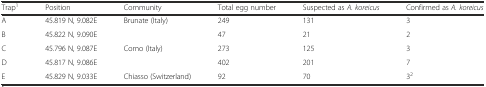
<table><thead><tr><td><b>Trap<sup>1</sup></b></td><td><b>Position</b></td><td><b>Community</b></td><td><b>Total egg number</b></td><td><b>Suspected as <i>A. koreicus</i></b></td><td><b>Confirmed as <i>A. koreicus</i></b></td></tr></thead><tbody><tr><td>A</td><td>45.819 N, 9.082E</td><td>Brunate (Italy)</td><td>249</td><td>131</td><td>3</td></tr><tr><td>B</td><td>45.822 N, 9.090E</td><td></td><td>47</td><td>21</td><td>2</td></tr><tr><td>C</td><td>45.796 N, 9.087E</td><td>Como (Italy)</td><td>273</td><td>125</td><td>3</td></tr><tr><td>D</td><td>45.817 N, 9.086E</td><td></td><td>402</td><td>201</td><td>7</td></tr><tr><td>E</td><td>45.829 N, 9.033E</td><td>Chiasso (Switzerland)</td><td>92</td><td>70</td><td>3<sup>2</sup></td></tr></tbody></table>